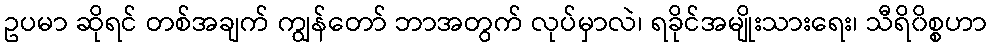
ဥပမာ ဆိုရင် တစ်အချက် ကျွန်တော် ဘာအတွက် လုပ်မှာလဲ၊ ရခိုင်အမျိုးသားရေး၊ သီရိ၀ိစ္စဟာ